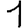
Digit: 1